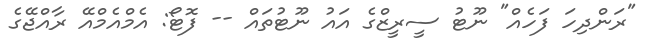
"ރަންދިހަ ފަހެއް" ނޫޓު ސީރީޒްގެ އައު ނޫޓުތައް -- ފޮޓޯ: އެމްއެމްއޭ ރާއްޖޭގެ